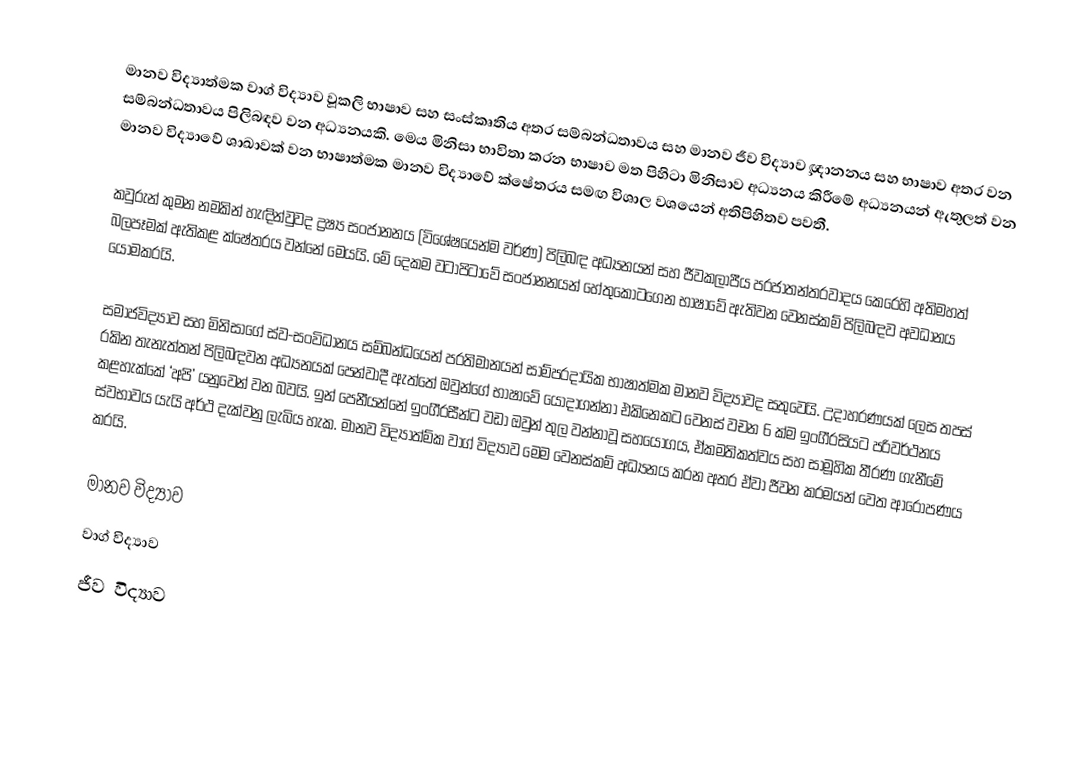
මානව විද්‍යාත්මක වාග් විද්‍යාව වූකලි භාෂාව සහ සංස්කෘතිය අතර සම්බන්ධතාවය සහ මානව ජීව විද්‍යාව¸ ඥානනය සහ භාෂාව අතර වන සම්බන්ධතාවය පිලිබඳව වන අධ්‍යනයකි. මෙය මිනිසා භාවිතා කරන භාෂාව මත පිහිටා මිනිසාව අධ්‍යනය කිරීමේ අධ්‍යනයන් ඇතුලත් වන මානව විද්‍යාවේ ශාඛාවක් වන භාෂාත්මක මානව විද්‍යාවේ ක්ෂේත‍්‍රය සමඟ විශාල වශයෙන් අතිපිහිතව පවතී.

කවුරුන් කුමන නමකින් හැඳින්වුවද ද්‍රෂ්‍ය සංජානනය (විශේෂයෙන්ම වර්ණ) පිලිබඳ අධ්‍යනයන් සහ ජීවකලාපීය ප‍්‍රජාතන්ත‍්‍රවාදය කෙරෙහි අතිමහත් බලපෑමක් ඇතිකළ ක්ෂේත‍්‍රය වන්නේ මෙයයි. මේ දෙකම වටාපිටාවේ සංජානනයන් හේතුකොටගෙන  භාෂාවේ ඇතිවන වෙනස්කම් පිලිබඳව අවධානය යොමකරයි.

සමාජවිද්‍යාව සහ මිනිසාගේ ස්ව-සංවිධානය සම්බන්ධයෙන් ප‍්‍රතිමානයන් සාම්ප‍්‍රදායික භාෂාත්මක මානව විද්‍යාවද සතුවෙයි. උදාහරණයක් ලෙස තපස් රකින තැනැත්තන් පිලිබඳවන අධ්‍යනයක් පෙන්වාදී ඇත්තේ ඔවුන්ගේ භාෂාවේ යොදාගන්නා එකිනෙකට වෙනස් වචන 6 ක්ම ඉංගී‍්‍රසියට පරිවර්ථනය කළහැක්කේ ‘අපි’ යනුවෙන් වන බවයි. ඉන් පෙනීයන්නේ ඉංගී‍්‍රසීන්ට වඩා ඔවුන් තුල වන්නාවූ සහයෝගය, ඒකමතිකත්වය සහ සාමූහික තීරණ ගැනීමේ ස්වභාවය යැයි අර්ථ දැක්වනු ලැබිය හැක. මානව විද්‍යාත්ම්ක වාග් විද්‍යාව මෙම වෙනස්කම් අධ්‍යනය කරන අතර ඒවා ජීවන ක‍්‍රමයන් වෙත ආරෝපණය කරයි.

 මානව විද්‍යාව
 වාග් විද්‍යාව
ජීව විද්‍යාව